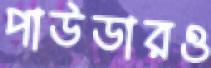
পাউডারও